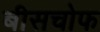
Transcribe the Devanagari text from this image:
बीसचोफ